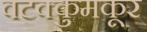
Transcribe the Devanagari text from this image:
वटक्कुमकूर